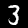
Digit: 3